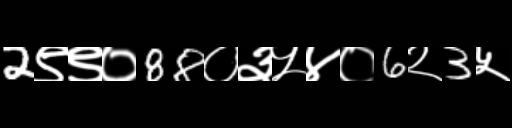
Text: 2९९०88०३५४०6२3५